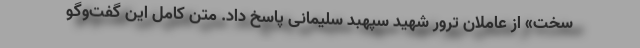
سخت» از عاملان ترور شهید سپهبد سلیمانی پاسخ داد. متن کامل این گفت‌وگو